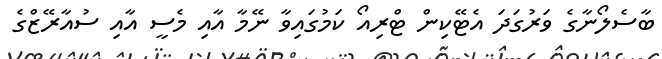
ބާސެލޯނާގެ ވަރުގަދަ އެޓޭކިން ޓްރިއޯ ކަމުގައިވާ ނޭމާ އާއި މެސީ އާއި ސުއާރޭޒްގެ